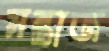
মন্তাজ